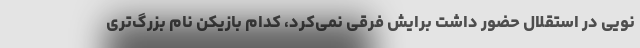
نویی در استقلال حضور داشت برایش فرقی نمی‌کرد، کدام بازیکن نام بزرگ‌تری